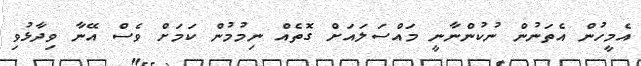
އެމީހުން އެތަނުން ނުކުންނާނީ މައްސަލައަށް ގޮތެއް ނިމުމުން ކަމަށް ވެސް އޭނާ ވިދާޅުވި